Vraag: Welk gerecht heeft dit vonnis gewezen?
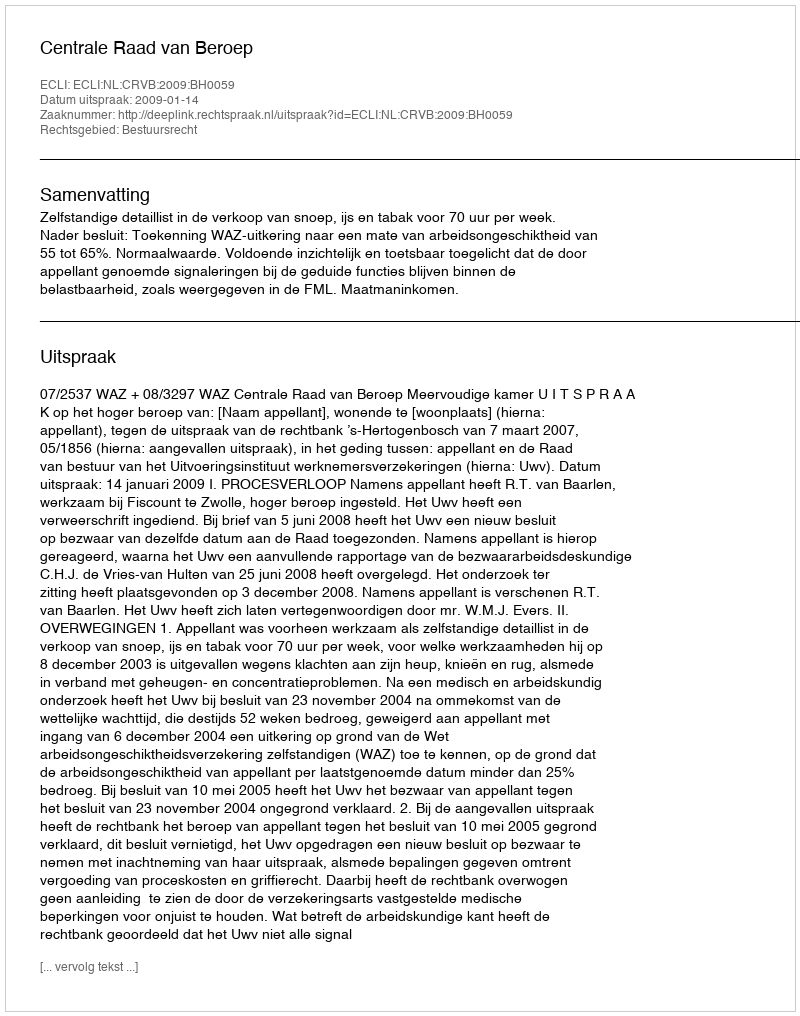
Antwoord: Centrale Raad van Beroep